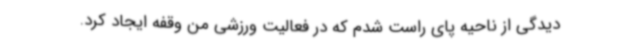
دیدگی از ناحیه پای راست شدم که در فعالیت ورزشی من وقفه ایجاد کرد.